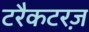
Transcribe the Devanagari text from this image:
टरैकटरज़